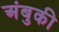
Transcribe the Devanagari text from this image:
अंबुकी